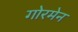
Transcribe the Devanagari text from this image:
गोरमेन